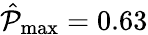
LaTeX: \hat{\mathcal{P}}_{\operatorname*{max}}=0.63